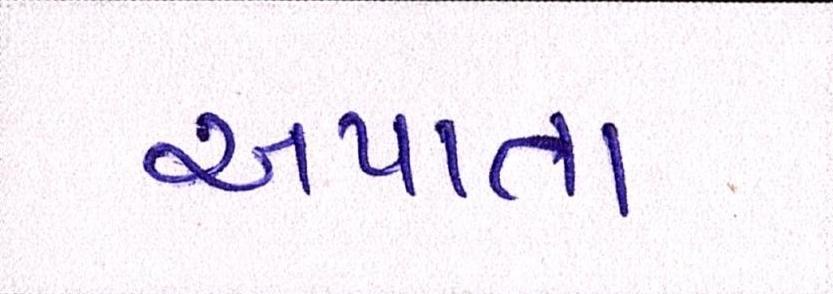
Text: અપાતા